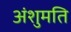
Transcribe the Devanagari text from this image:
अंशुमति